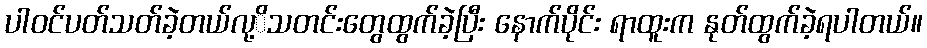
ပါဝင်ပတ်သတ်ခဲ့တယ်လု့ိသတင်းတွေထွက်ခဲ့ပြီး နောက်ပိုင်း ရာထူးက နုတ်ထွက်ခဲ့ရပါတယ်။